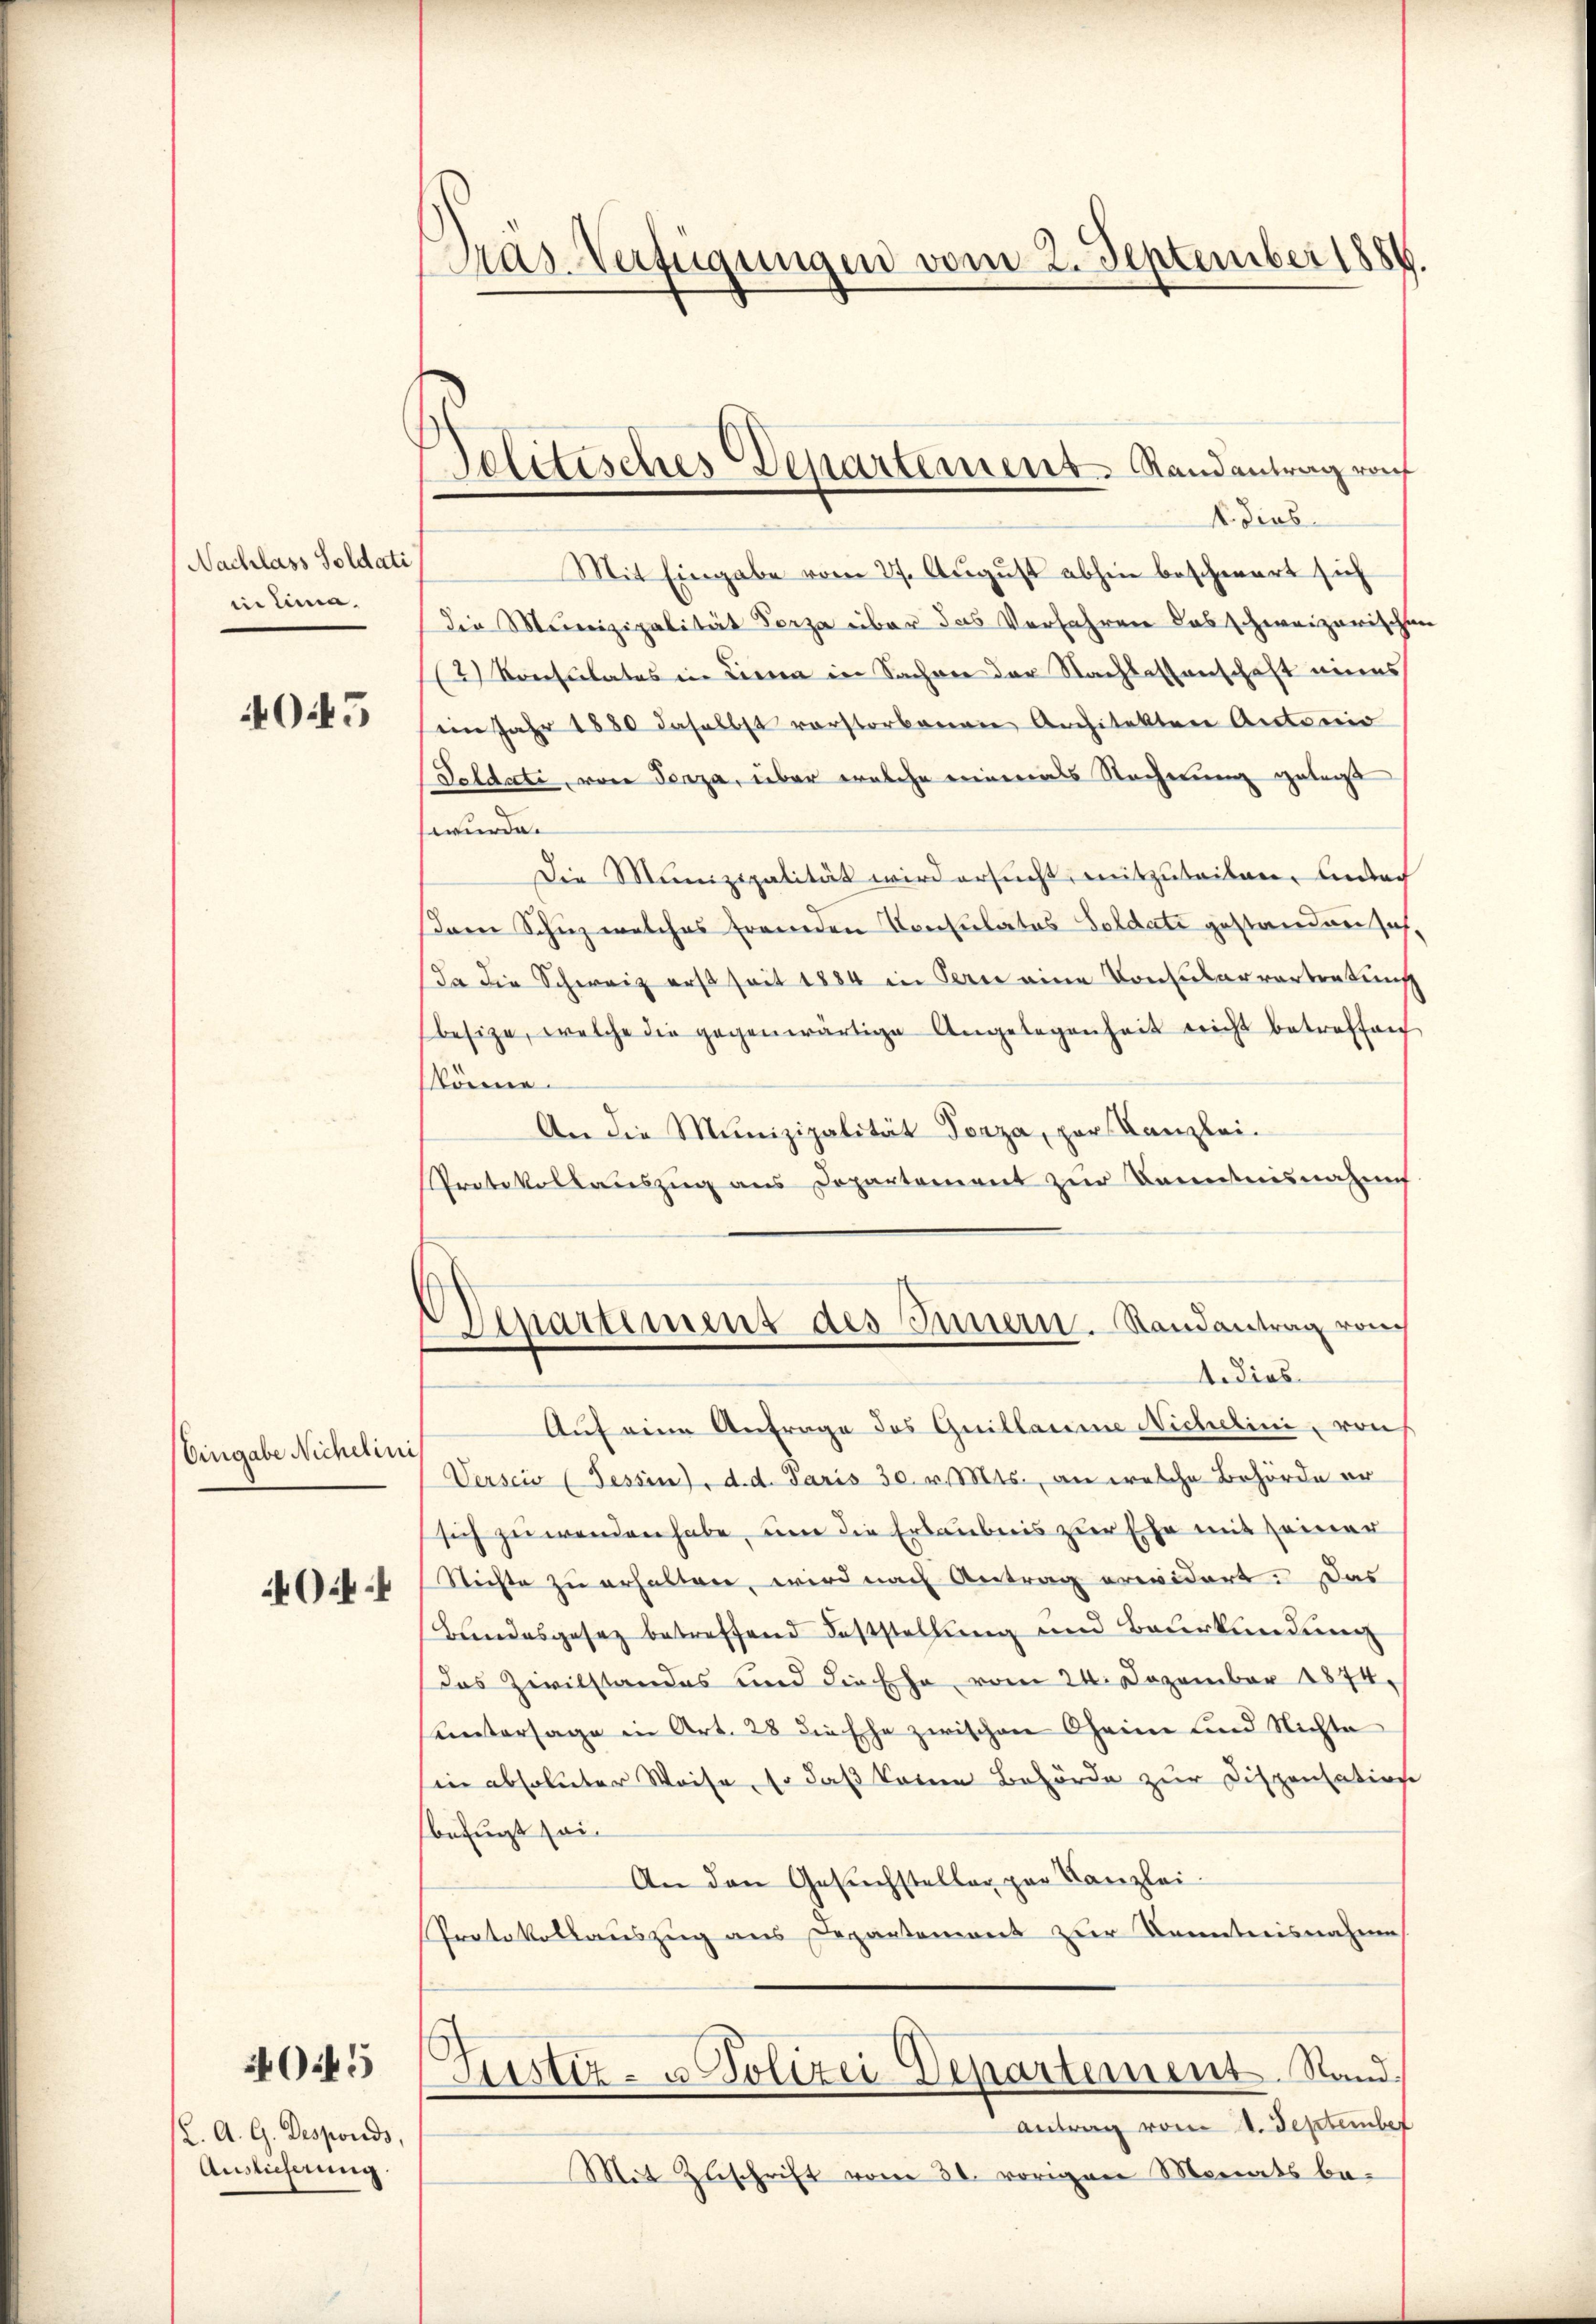
Nachlass Soldati
in Lina

405

Eingabe Nichelini

045

C. A. G. Desponds,
Auslicherung

Pras. Verfügungen vom 2. September 1886

¬
Solitisches Departement Randantrag ra

1. ders
Mit Eingabe vom 27. August abhin beschwert sich
die Munizipalität Herza über das Verfahren das schweizerische
12) Konsulates in Liena in Sachver der Nachlassenschaft eines
iin Jahr 1880 daselbst verstorbenen Architekten Antonio
Feldate, von Traza, über welche einmals Rechnung gelegt
wurde.
Die Munizipalität wird ersucht, mitzuteilen, unter
Dam Schuz welches fremden Consulates Soldate gestanden sich,
Da die Schweiz erst seit 1884 in Bern eine Consularvärtenkunft
besize, welche die gegenwärtige Angelegenheit nicht betreffen
könne.
An die Munizipalität Torza, zur Kanzlei-
Protokollaŭszŭg ans Departement zŭr Banntnisnahm
Denartement des Innern. Randantrag von
1. Dies
Auf eine Anfrage des Guillaume Nichelini, von
Verscio (Tessin, d. d. Paris 30. v. Mts., an welche Behörde er
sich zu wenden habe, um die Erlaubnis zur Ehe mit seiner
Nichte zu erhalten, wird nach Antrag erwidert. Das
Bundesgesez betreffend Feststellung und Beurkundung
das Zivilstandes und die Ehe vom 24. Dezember 1874.
untersage in Art. 28 die Ehe zwischen Oheime und Nichte
in absoluter Weise, so daß keine Behörde zur Dispensation
befugt sei
An den Gesuchsteller par Kanzlei-
Protokollauszug aus Departement zur Kenntnisnahme
Justiz- u. Polizei Departement. Stand.
Antrag vom 4. September
Mit Zuschrift vom 30. vorigen Monats be-